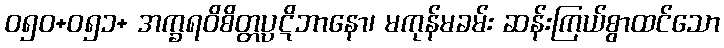
ဝ၅၀+ဝ၅၁+ အက္ခရဝိစိတ္တပ္ပဋိဘာနော၊ မကုန်မခမ်း ဆန်းကြယ်စွာထင်သော